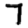
Digit: 7